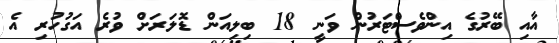
އާއި ބޭރުގެ އިންވެސްޓަރުން ވަނީ 18 ބިލިއަން ޑޮލަރަށް ވުރެ އަގުހުރި އެ